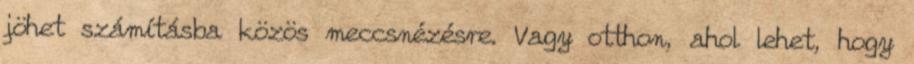
jöhet számításba közös meccsnézésre. Vagy otthon, ahol lehet, hogy